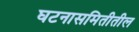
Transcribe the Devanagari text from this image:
घटनासमितीतील